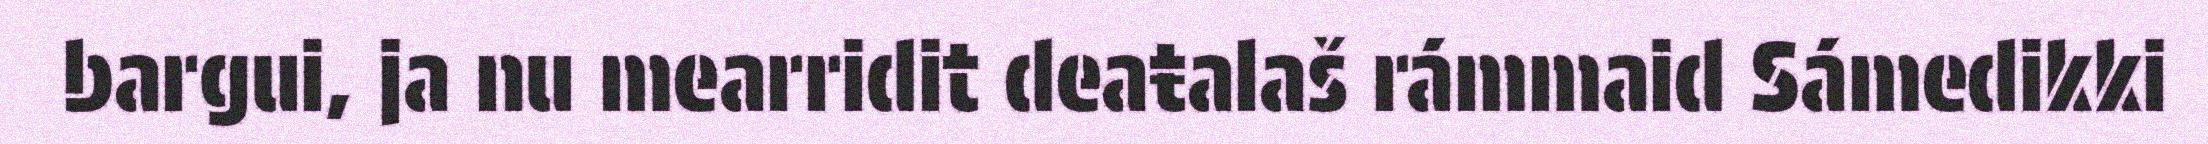
bargui, ja nu mearridit deaŧalaš rámmaid Sámedikki